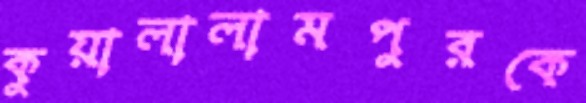
কুয়ালালামপুরকে